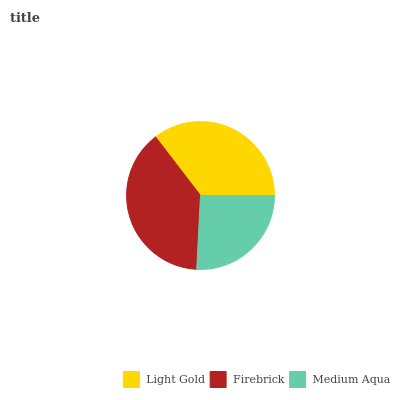
| Light Gold | Firebrick | Medium Aqua |
 | --- | --- | --- |
 | 35.5% | 38.8% | 25.8% |